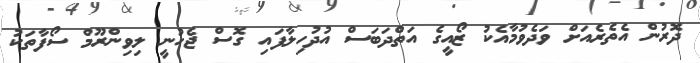
ދޮރުން އެތެރެއަށް ވަދެވުމާއެކު ޒޯއީގެ އަތްދަބަސް އުދުހިލާފައި ގޮސް ޖެހުނީ ލިވިންރޫމް ސޯފާތަކު